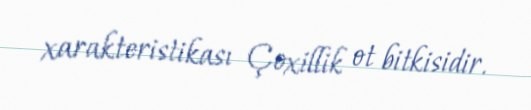
xarakteristikası Çoxillik ot bitkisidir.